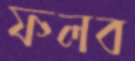
ফলব